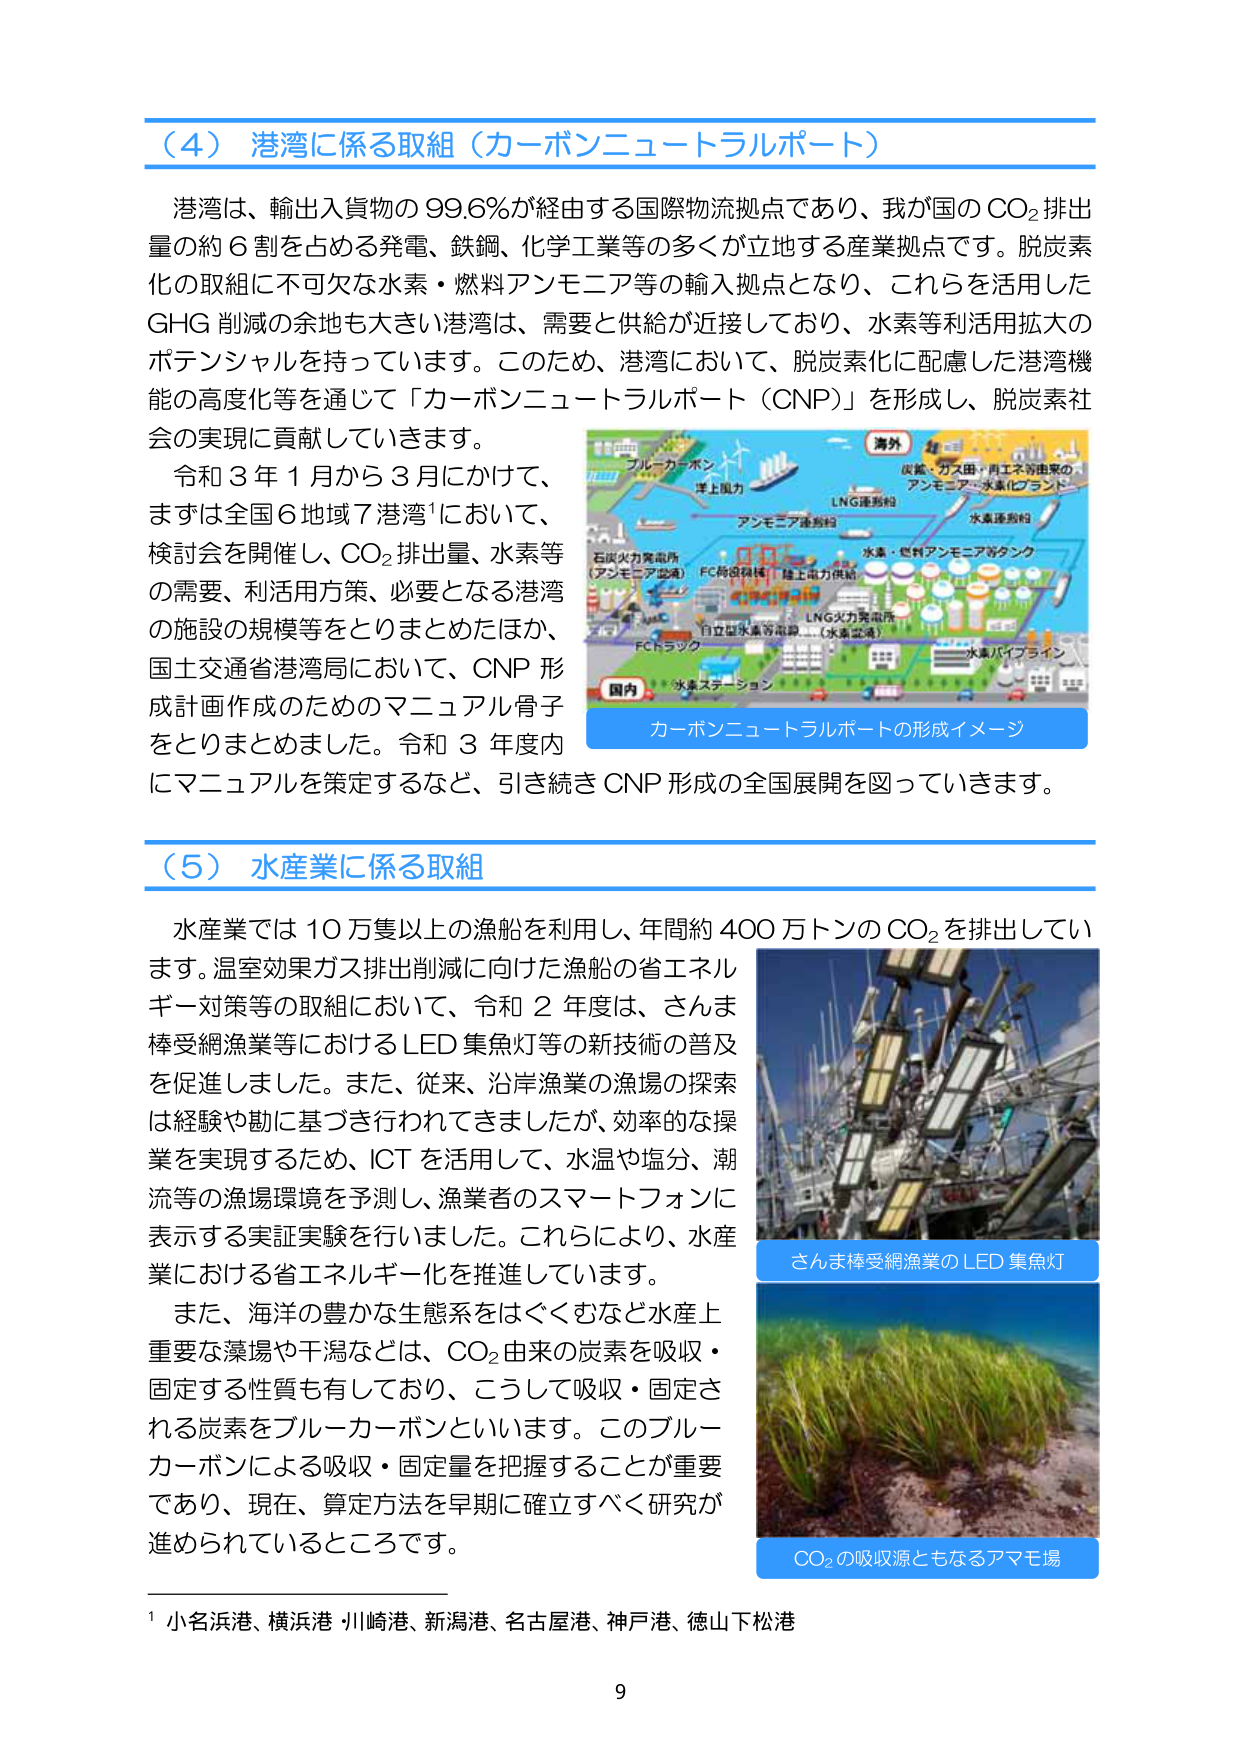
（４）港湾に係る取組（カーボンニュートラルポート）

港湾は、輸出入貨物の99.6％が経由する国際物流拠点であり、我が国のCO₂排出量の約6割を占める発電、鉄鋼、化学工業等の多くが立地する産業拠点です。脱炭素化の取組に不可欠な水素・燃料アンモニア等の輸入拠点となり、これらを活用したGHG削減の余地も大きい港湾は、需要と供給が近接しており、水素等利活用拡大のポテンシャルを持っています。このため、港湾において、脱炭素化に配慮した港湾機能の高度化等を通じて「カーボンニュートラルポート（CNP）」を形成し、脱炭素社会の実現に貢献していきます。

令和3年1月から3月にかけて、まずは全国6地域7港湾¹において、検討会を開催し、CO₂排出量、水素等の需要、利活用方策、必要となる港湾の施設の規模等をとりまとめたほか、国土交通省港湾局において、CNP形成計画作成のためのマニュアル骨子をとりまとめました。令和3年度内にマニュアルを策定するなど、引き続きCNP形成の全国展開を図っていきます。

カーボンニュートラルポートの形成イメージ

（５）水産業に係る取組

水産業では10万隻以上の漁船を利用し、年間約400万トンのCO₂を排出しています。温室効果ガス排出削減に向けた漁船の省エネルギー対策等の取組において、令和2年度は、さんま棒受網漁業等におけるLED集魚灯等の新技術の普及を促進しました。また、従来、沿岸漁業の漁場の探索は経験や勘に基づき行われてきましたが、効率的な操業を実現するため、ICTを活用して、水温や塩分、潮流等の漁場環境を予測し、漁業者のスマートフォンに表示する実証実験を行いました。これにより、水産業における省エネルギー化を推進しています。

また、海洋の豊かな生態系をはぐくむなど水産上重要な藻場や干潟などは、CO₂由来の炭素を吸収・固定する性質も有しており、こうして吸収・固定される炭素をブルーカーボンといいます。このブルーカーボンによる吸収・固定量を把握することが重要であり、現在、算定方法を早期に確立すべく研究が進められているところです。

さんま棒受網漁業のLED集魚灯

CO₂の吸収源ともなるアマモ場

¹ 小名浜港、横浜港、川崎港、新潟港、名古屋港、神戸港、徳山下松港

9